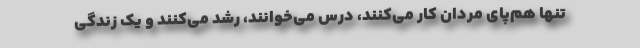
تنها هم‌پای مردان کار می‌کنند، درس می‌خوانند، رشد می‌کنند و یک زندگی